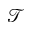
\mathcal { T }